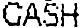
CASH